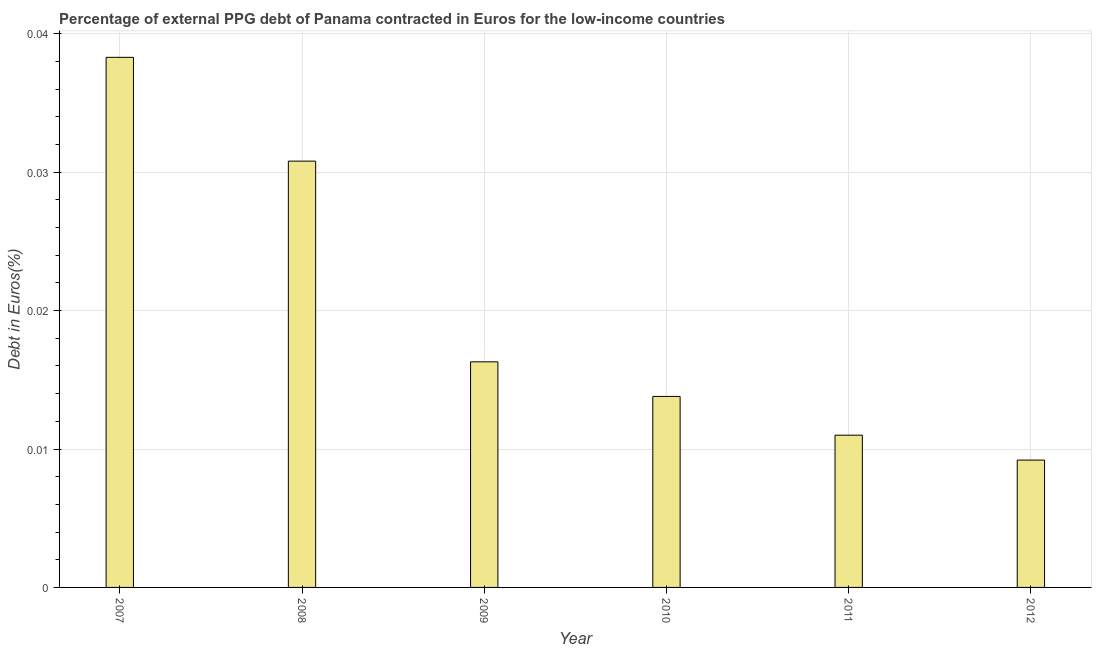
| Year | Currency composition of PPG debt |
 | --- | --- |
 | 2007 | 0.0383 |
 | 2008 | 0.0308 |
 | 2009 | 0.0163 |
 | 2010 | 0.0138 |
 | 2011 | 0.011 |
 | 2012 | 0.0092 |